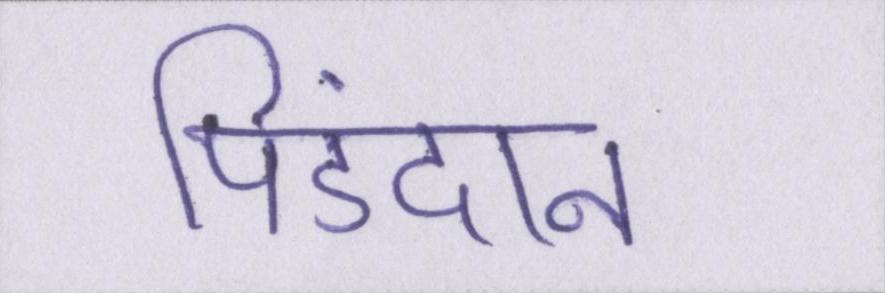
पिंडदान